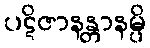
ပဋိဇာနန္တာနမ္ပိ